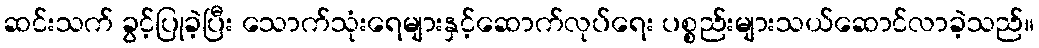
ဆင်းသက် ခွင့်ပြုခဲ့ပြီး သောက်သုံးရေများနှင့်ဆောက်လုပ်ရေး ပစ္စည်းများသယ်ဆောင်လာခဲ့သည်။